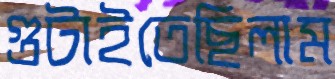
গুটাইতেছিলাম